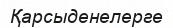
Қарсыденелерге